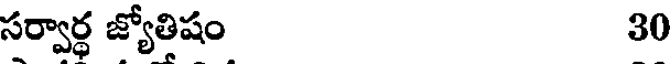
సర్వార్థ జ్యోతిష 30